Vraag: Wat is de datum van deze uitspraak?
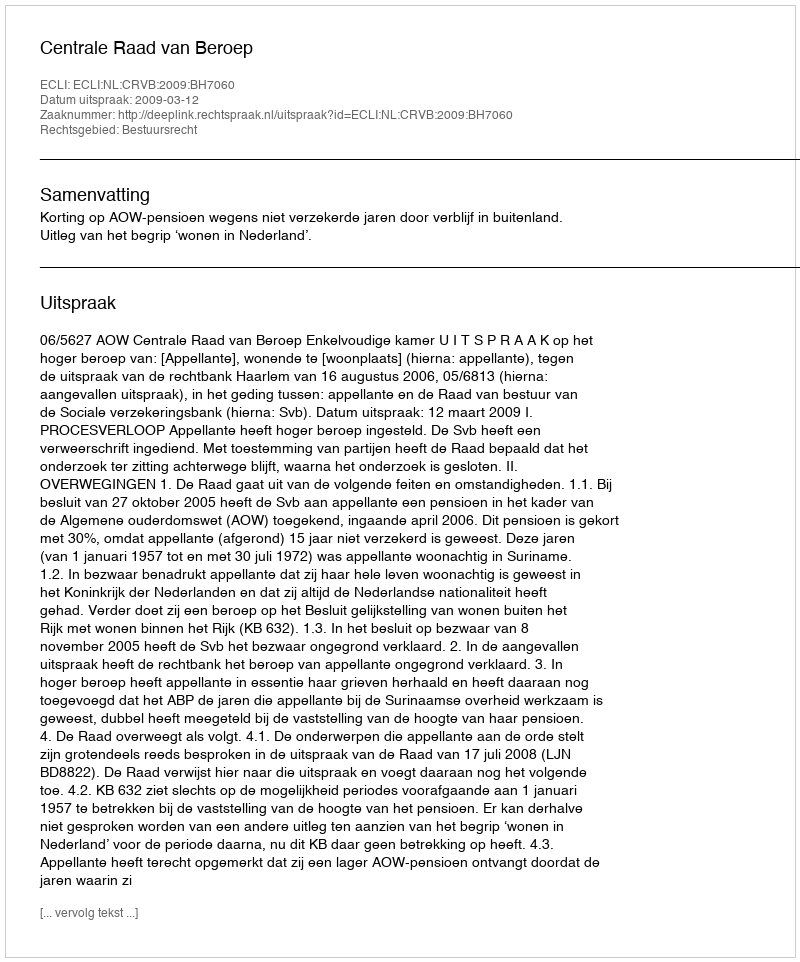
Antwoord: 2009-03-12